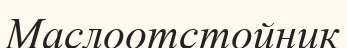
Маслоотстойник